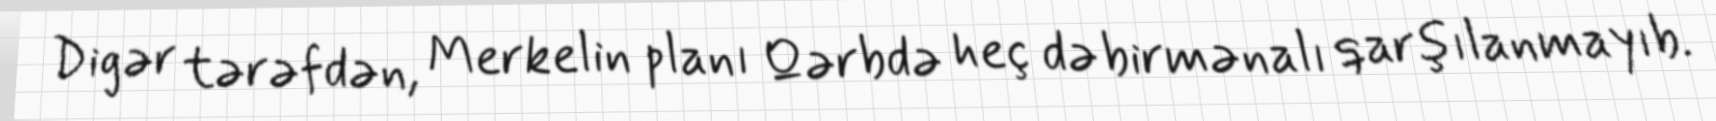
Digər tərəfdən, Merkelin planı Qərbdə heç də birmənalı qarşılanmayıb.